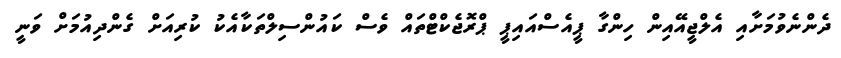
ދެންނެވުމަށާއި އެލްޖީއޭއިން ހިންގާ ޕީއެސްއައިޕީ ޕްރޮޖެކްޓްތައް ވެސް ކައުންސިލްތަކާއެކު ކުރިއަށް ގެންދިއުމަށް ވަނީ